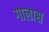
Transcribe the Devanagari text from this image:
गालास